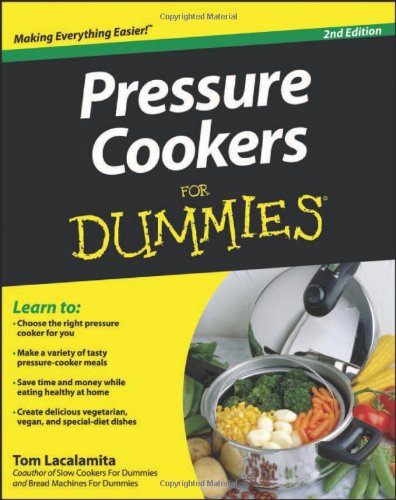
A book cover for Pressure Cookers For Dummies; Tom Lacalamita; Cookbooks, Food & Wine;